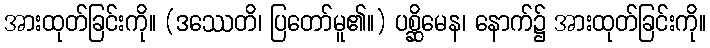
အားထုတ်ခြင်းကို။ (ဒဿေတိ၊ ပြတော်မူ၏။) ပစ္ဆိမေန၊ နောက်၌ အားထုတ်ခြင်းကို။